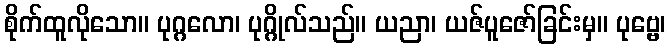
စိုက်ထူလိုသော။ ပုဂ္ဂလော၊ ပုဂ္ဂိုလ်သည်။ ယညာ၊ ယဇ်ပူဇော်ခြင်းမှ။ ပုဗ္ဗေ၊